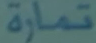
تمارَة